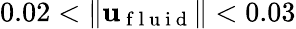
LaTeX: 0.02<\| \mathbf{u}_{\mathrm{~f~l~u~i~d~}}\| <0.03